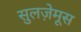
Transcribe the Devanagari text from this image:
सुलज़ेमूस